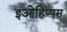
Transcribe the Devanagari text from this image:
इओहिप्पस